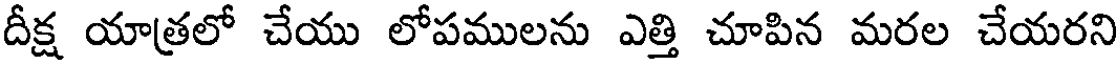
దీక్ష యాత్రలో చేయు లోపములను ఎత్తి చూపిన మరల చేయరని